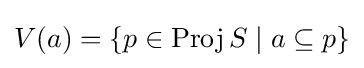
V(a)=\{p\in \operatorname {Proj} S\mid a\subseteq p\}